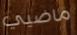
ماضيي